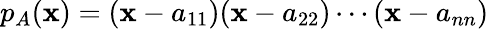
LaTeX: p_{A}(\mathbf{x})=(\mathbf{x}-a_{11})(\mathbf{x}-a_{22})\cdots(\mathbf{x}-a_{nn})